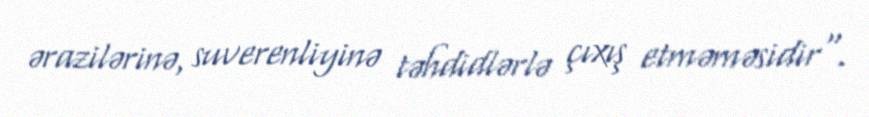
ərazilərinə, suverenliyinə təhdidlərlə çıxış etməməsidir".